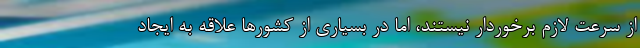
از سرعت لازم برخوردار نيستند، اما در بسياري از كشورها علاقه به ايجاد